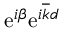
\mathrm { e } ^ { i \beta } \mathrm { e } ^ { i \overline { { k } } d }